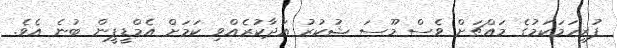
ފުރިހަމަކަމުގެ މައްޗަށް ވެސް މޫސަ ޝުކުރު އަދާކުރެއްވި ކަމަށް އެމްޑީޕީން ބުނެ އެވެ.